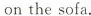
on the sofa.